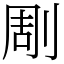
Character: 㓮